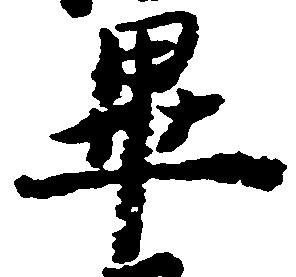
畢